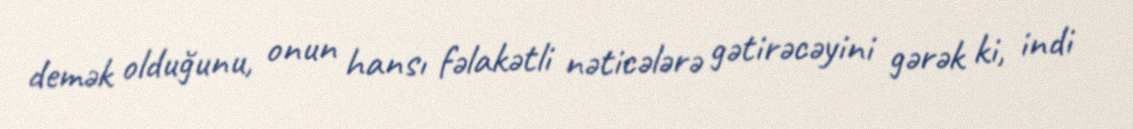
demək olduğunu, onun hansı fəlakətli nəticələrə gətirəcəyini gərək ki, indi